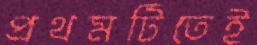
প্রথমটিতেই